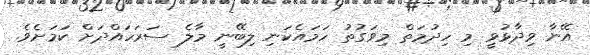
އޭނާ ވިދާޅުވީ މި ހިދުމަތް މިވަގުތު ހަމައެކަނި ލިބޭނީ މާލެ ސަރަހައްދަށް ކަމަށެވެ.